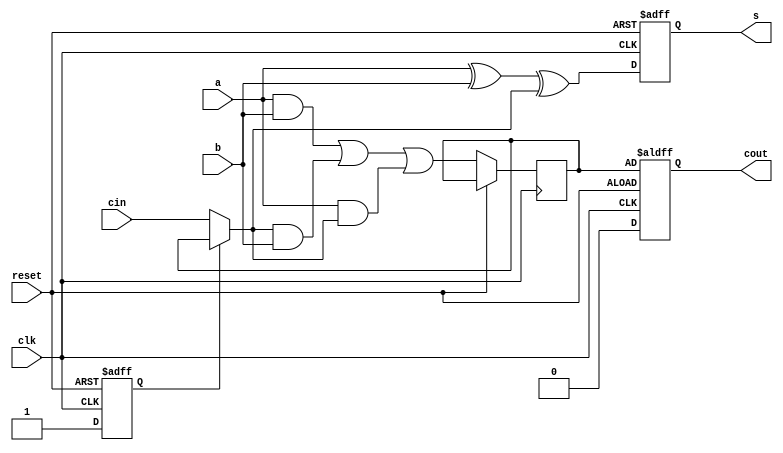
module serial_adder 
    (   input clk,reset,  //clock and reset
        input a,b,cin,  //note that cin is used for only first iteration.
        output reg s,cout  //note that s comes out at every clock cycle and cout is valid only for last clock cycle.
        );

reg c,flag;

always@(posedge clk or posedge reset)
begin
    if(reset == 1) begin //active high reset
        s = 0;
        cout = c;
        flag = 0;
    end else begin
        if(flag == 0) begin
            c = cin;  //on first iteration after reset, assign cin to c.
            flag = 1;  //then make flag 1, so that this if statement isnt executed any more.
        end 
        cout = 0;
        s = a ^ b ^ c;  //SUM
        c = (a & b) | (c & b) | (a & c);  //CARRY
    end 
end

endmodule